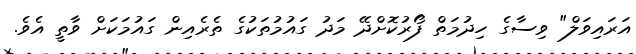
އަރައިވަލް" ވިސާގެ ހިދުމަތް ފޯރުކޮށްދޭ މަދު ގައުމުތަކުގެ ތެރެއިން ގައުމަކަށް ވާތީ އެވެ.